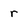
Character: r